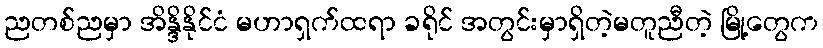
ညတစ်ညမှာ အိန္ဒိနိုင်ငံ မဟာရှက်ထရာ ခရိုင် အတွင်းမှာရှိတဲ့မတူညီတဲ့ မြို့တွေက